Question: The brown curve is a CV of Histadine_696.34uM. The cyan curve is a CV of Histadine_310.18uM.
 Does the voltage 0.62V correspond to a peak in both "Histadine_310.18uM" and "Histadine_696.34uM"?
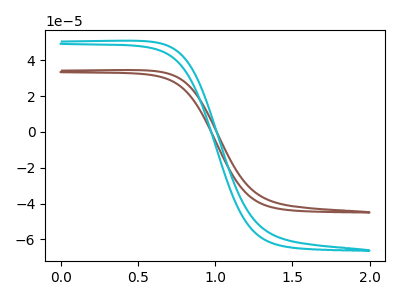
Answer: <think>The brown curve "Histadine_696.34uM" has no peaks. The cyan curve "Histadine_310.18uM" has no peaks.</think>
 <answer>No, "Histadine_310.18uM" and "Histadine_696.34uM" dont share a peak at 0.62V.</answer>
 <eval>mismatch</eval>